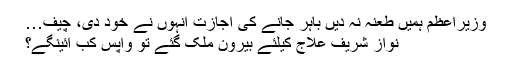
وزیراعظم ہمیں طعنہ نہ دیں باہر جانے کی اجازت انہوں نے خود دی، چیف…
نواز شریف علاج کیلئے بیرون ملک گئے تو واپس کب آئینگے؟